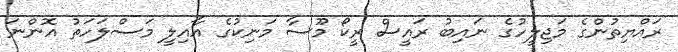
ރައްޔިތުންގެ މަޖިލީހުގެ ނައިބު ރައީސް ރީކޯ މޫސާ މަނިކުގެ އާއިލީ މަސްލަހަތު އޮންނަ